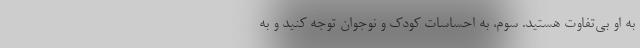
به او بی‌تفاوت هستید. سوم، به احساسات کودک و نوجوان توجه کنید و به